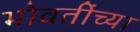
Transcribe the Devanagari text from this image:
भोवतींच्या